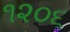
૧૨૦૬